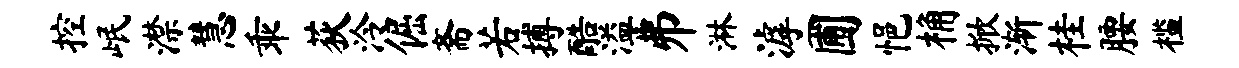
控岷潸慧乖荻泠倔斋若搏酷溢井淋滹圃悒桷掀渐桂腰槛